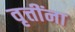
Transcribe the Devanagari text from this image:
वृत्तींना